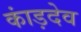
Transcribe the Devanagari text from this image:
कांड़देव